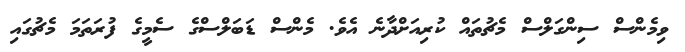
ވިމެންސް ސިންގަލްސް މެޗުތައް ކުރިއަށްދާނެ އެވެ. މެންސް ޑަބަލްސްގެ ސެމީގެ ފުރަތަމަ މެޗުގައި